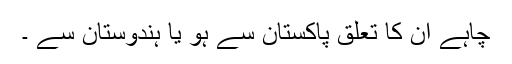
چاہے ان کا تعلق پاکستان سے ہو یا ہندوستان سے ۔